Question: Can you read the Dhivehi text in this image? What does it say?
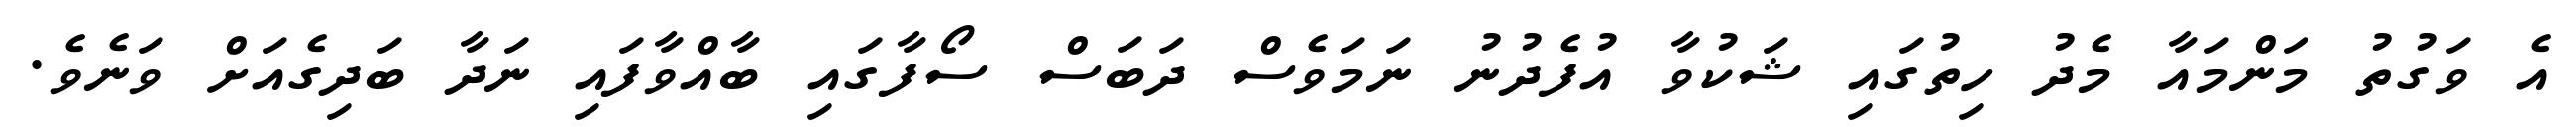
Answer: އެ ވަގުތު މަންމައާ މެދު ހިތުގައި ޝަކުވާ އުފެދުނު ނަމަވެސް ދަބަސް ސޯފާގައި ބާއްވާފައި ނަދާ ބަދިގެއަށް ވަނެވެ.